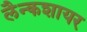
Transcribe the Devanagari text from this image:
लैन्कशायर